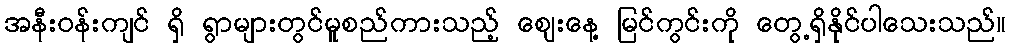
အနီးဝန်းကျင် ရှိ ရွာများတွင်မူစည်ကားသည့် ဈေးနေ့ မြင်ကွင်းကို တွေ့ရှိနိုင်ပါသေးသည်။